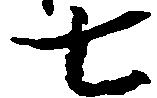
七